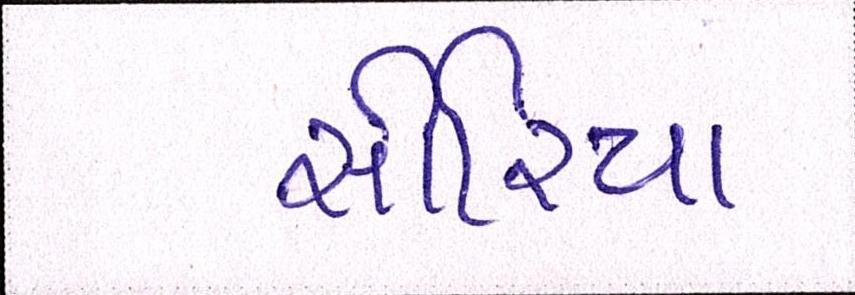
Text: સીરિયા